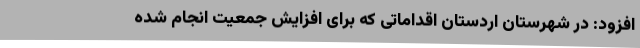
افزود: در شهرستان اردستان اقداماتی که برای افزایش جمعیت انجام شده